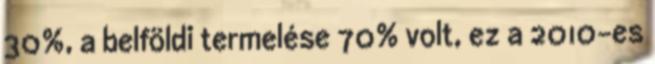
30%, a belföldi termelése 70% volt, ez a 2010-es